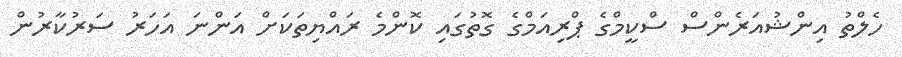
ހެލްތު އިންޝުއަރެންސް ސްކީމްގެ ޕްރިއަމްގެ ގޮތުގައި ކޮންމެ ރައްޔިތަކަށް އަންނަ އަހަރު ސަރުކާރުން